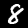
Digit: 8